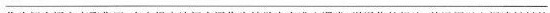
___